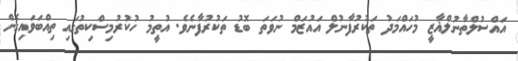
އައްސުލްތާނުލްޣާޒީ މުހައްމަދު ތަކުރުފާނުލް އައުޒަމް ނުވަތަ ބޮޑު ތަކުރުފާނެވެ. އުތީމު ހުކުރުމިސްކިތުގައި ތިއްބަވައިގެން